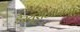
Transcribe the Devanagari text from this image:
डैस्यूरोटीनिया